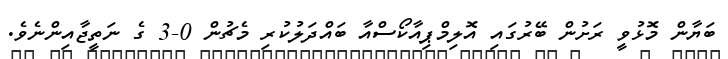
ބަޔާން މޮޅުވީ ރަށުން ބޭރުގައި އޮލިމްޕިއާކޯސްއާ ބައްދަލުކުރި މެޗުން 0-3 ގެ ނަތީޖާއިންނެވެ.